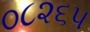
૦૮૨૬૫